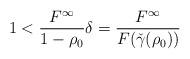
LaTeX: \begin{align*}1 &< \frac{F^\infty}{1-\rho_0} \delta = \frac{F^\infty}{F({\check{\gamma}}(\rho_0))}\end{align*}